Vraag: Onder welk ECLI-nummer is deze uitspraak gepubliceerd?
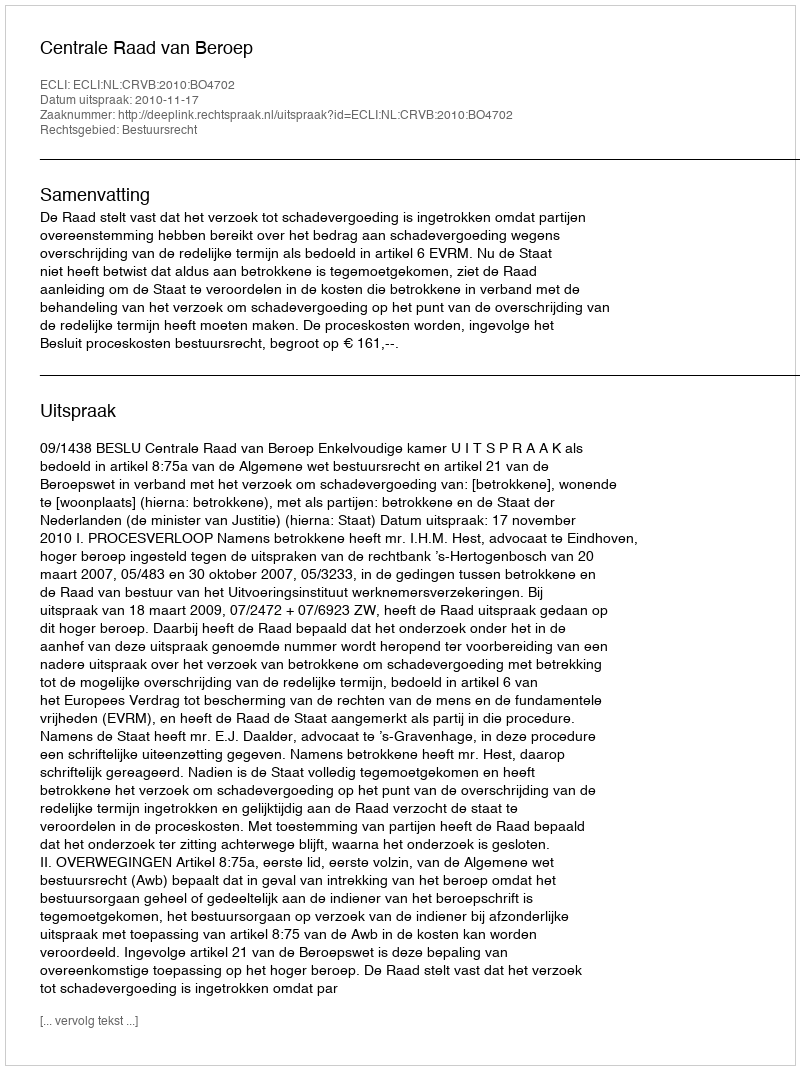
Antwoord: ECLI:NL:CRVB:2010:BO4702